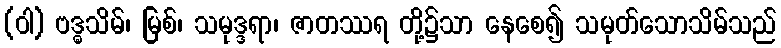
(ဝါ) ဗဒ္ဓသိမ်၊ မြစ်၊ သမုဒ္ဒရာ၊ ဇာတဿရ တို့၌သာ နေစေ၍ သမုတ်သောသိမ်သည်